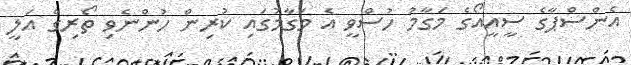
އެންސްޕާގެ ސީއީއޯގެ މަގާމު ހުސްވީ އެ މަގާމުގައި ކުރިން ހުންނެވި ތޯރިގް އަލީ